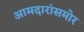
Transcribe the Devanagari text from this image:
आमदारांसमोर